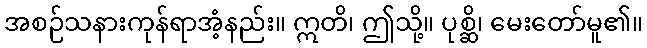
အစဉ်သနားကုန်ရာအံ့နည်း။ ဣတိ၊ ဤသို့။ ပုစ္ဆိ၊ မေးတော်မူ၏။